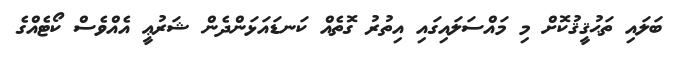
ބަލައި ތަޙުޤީޤުކޮށް މި މައްސަލައިގައި އިތުރު ގޮތެއް ކަނޑައަޅަންދެން ޝަރުޢީ އެއްވެސް ކޯޓެއްގެ